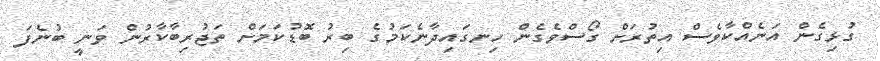
ގުޅިގެން އަނެއްކާވެސް އިތުރަށް ގޯސްވެގެން ހިނގައިދާނެކަމުގެ ބިރު ބޮޑުކަމަށް ތަޖުރިބާކާރުން ވަނީ ބުނެފަ